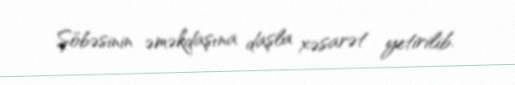
Şöbəsinin əməkdaşına daşla xəsarət yetirilib.